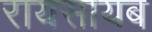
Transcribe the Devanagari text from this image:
रायसायब